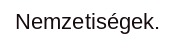
Nemzetiségek.